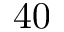
4 0